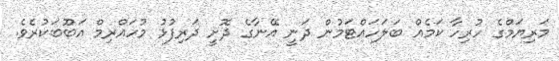
މަރިޔަމްގެ ހުރިހާ ކަމެއް ބަލަހައްޓަމުން ދަނީ އޭނާގެ ދޮށީ ދަރިފުޅު މުހައްރިމް އަބޫބަކުރެވެ.